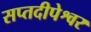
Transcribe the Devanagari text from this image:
सप्तदीपेश्वर